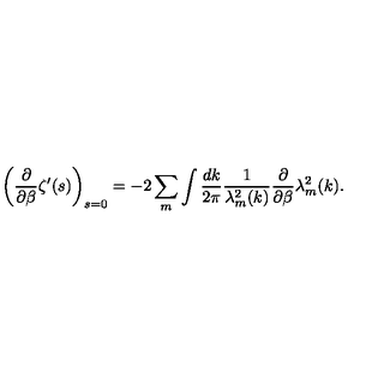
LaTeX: \left( \frac { \partial } { \partial \beta } \zeta ^ { \prime } ( s ) \right) _ { s = 0 } = - 2 \sum _ { m } \int \frac { d k } { 2 \pi } \frac { 1 } { \lambda _ { m } ^ { 2 } ( k ) } \frac { \partial } { \partial \beta } \lambda _ { m } ^ { 2 } ( k ) .